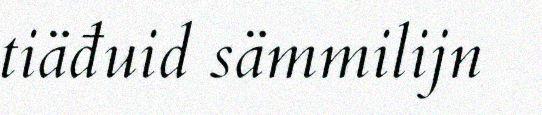
tiäđuid sämmilijn